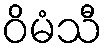
ဝိမံသီ